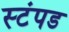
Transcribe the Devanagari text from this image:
स्टंपड